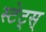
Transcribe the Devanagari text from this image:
स्टेट्स्